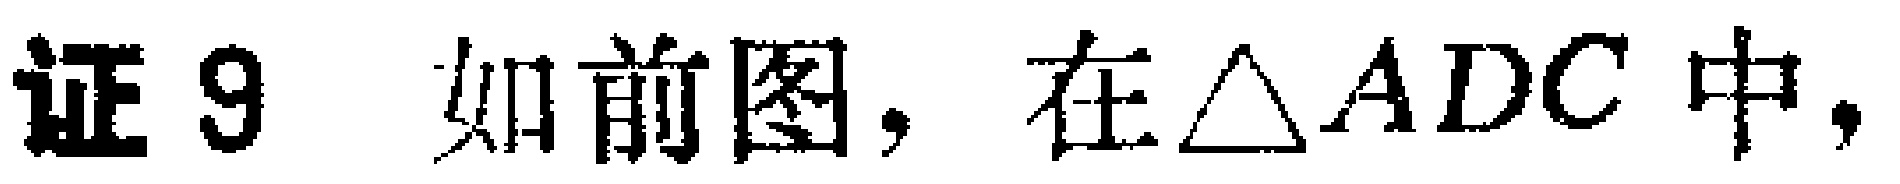
证9 如前图，在$\triangle ADC$中，